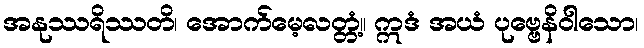
အနုဿရိဿတိ၊ အောက်မေ့လတ္တံ့။ ဣဒံ အယံ ပုဗ္ဗေနိဝါသော၊